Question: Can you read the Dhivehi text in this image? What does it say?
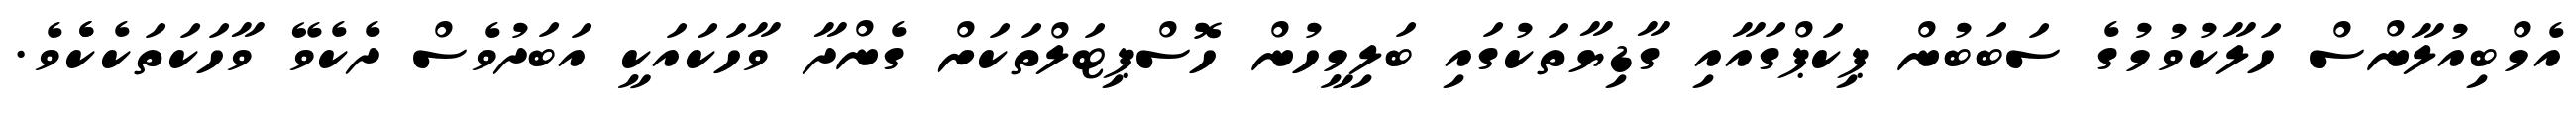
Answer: އެމްބިއުލާންސް ހަލާކުވުމުގެ ސަބަބުން ޕިކަޕްގައާއި ގާޑިޔާތަކުގައި ބަލިމީހުން ހޮސްޕިޓަލްތަކަށް ގެންދާ ވާހަކައަކީ އަބަދުވެސް ދެކެވޭ ވާހަކަތަކެކެެވެ.